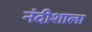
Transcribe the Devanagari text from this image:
नंदीशाला